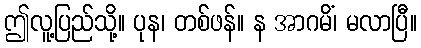
ဤလူ့ပြည်သို့။ ပုန၊ တစ်ဖန်။ န အာဂမိံ၊ မလာပြီ။